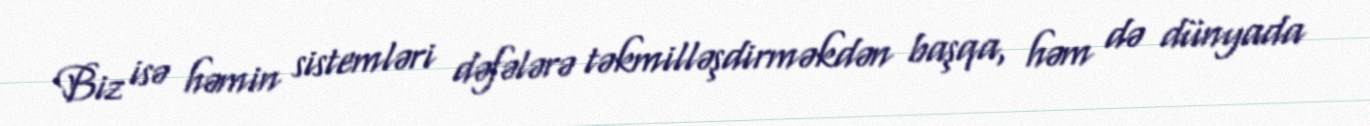
Biz isə həmin sistemləri dəfələrə təkmilləşdirməkdən başqa, həm də dünyada